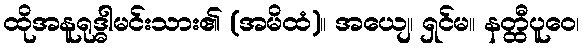
ထိုအနူရုဒ္ဓါမင်းသား၏ (အမိထံ)။ အယျေ၊ ရှင်မ။ နတ္ထီပူဝေ၊